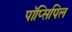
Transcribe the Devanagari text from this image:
पॉप्सिपिल